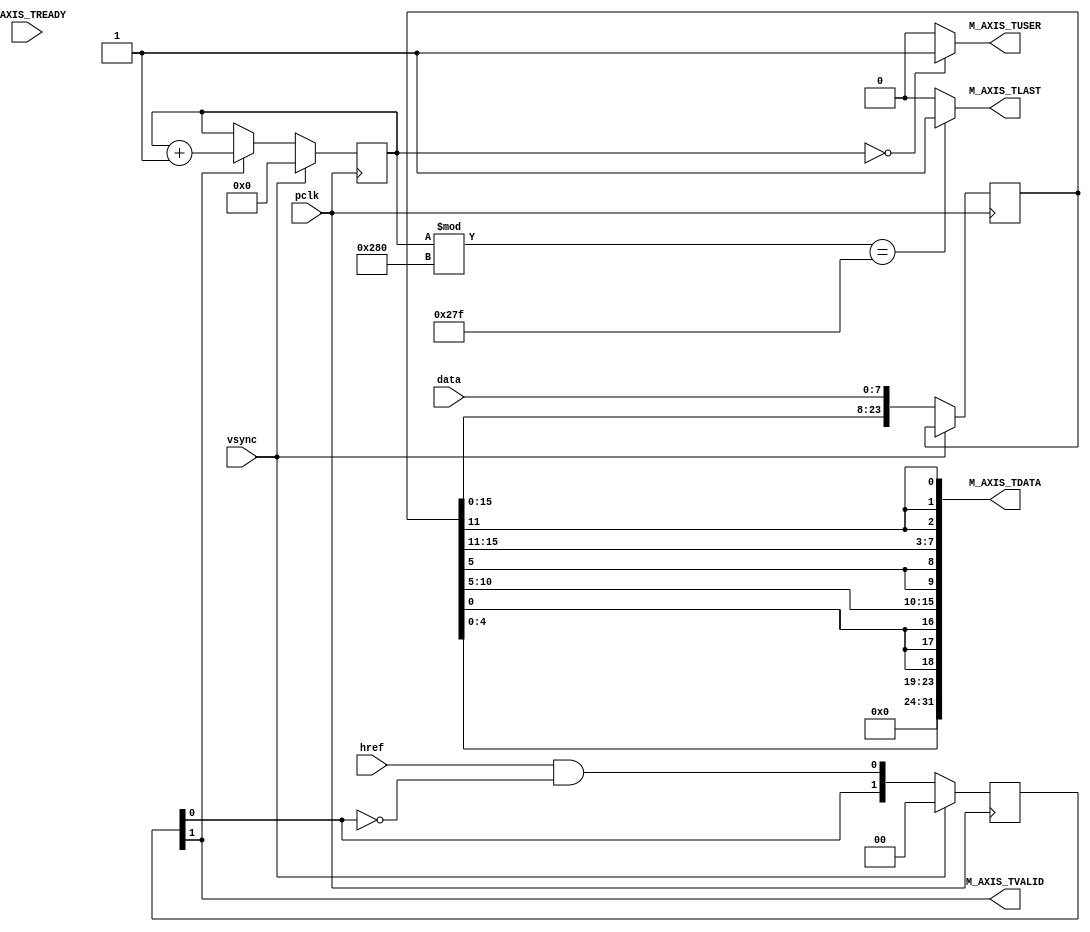
module OV7670_CAPTURE_AXI_VDMA_STREAM(
input pclk, 		                // pixel clk input
input href, 		                // HREF input
input vsync, 		                // vertiacl sync input
input [7:0] data,	                // camere 1byte data
input  M_AXIS_TREADY,               // -
output M_AXIS_TVALID,               // valid data
output M_AXIS_TLAST,                // EOL
output M_AXIS_TUSER,                // EOF
output [31:0] M_AXIS_TDATA);  // axi video data

// state machine
reg [1:0] state = 2'b0;
// pixel counter 640x480
reg [9:0]  pixel_counter = 10'b0;
// output data latch
reg [23:0] data_latch = 24'b0;

always @(posedge pclk) 
    begin   
        if(vsync)
            begin
                state <= 2'b0;
                pixel_counter <= 32'b0;
            end
        else
            begin
                data_latch <= {data_latch[15:0], data};
                state <= {state[0], href & !state[0]};
                 
                if(state[1])
                    pixel_counter <= pixel_counter + 1;
            end
    end

// valid when received 16bit
assign M_AXIS_TVALID = state[1];

// end of "line" 640 px
assign M_AXIS_TLAST = ((pixel_counter % 640) == 639) ? 1'b1 : 1'b0;

// end of "picture" 640x480
assign M_AXIS_TUSER = (pixel_counter == 0) ? 1'b1 : 1'b0;

// RGB565 -> RGB32
assign M_AXIS_TDATA = {8'b0, data_latch[4:0], {3{data_latch[0]}}, data_latch[10:5], {2{data_latch[5]}}, data_latch[15:11], {3{data_latch[11]}}};

endmodule